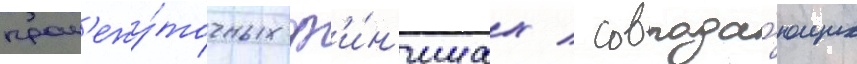
пром'ежу́точных ф'и́н'ишах / совпада́ющих